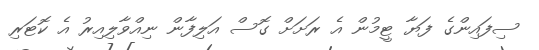
ސިފައިންގެ ފަޔާ ޓީމުން އެ ރަށަށް ގޮސް އަލިފާން ނިއްވާލިއިރު އެ ކޮޓަރި